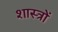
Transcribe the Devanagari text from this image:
शास्त्राें